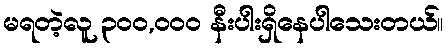
မရတဲ့လူ ၃၀၀,၀၀၀ နီးပါးရှိနေပါသေးတယ်။